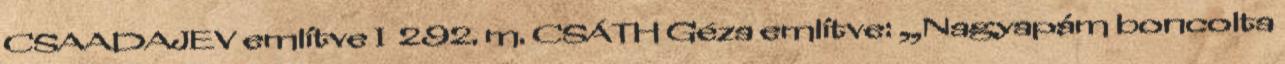
CSAADAJEV említve I 292. m. CSÁTH Géza említve: „Nagyapám boncolta